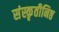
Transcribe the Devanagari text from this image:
संस्कृतीनिष्ठ